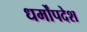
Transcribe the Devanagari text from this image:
धर्मोंपदेश